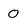
Character: 0